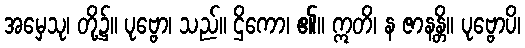
အမှေသု၊ တို့၌။ ပုဗ္ဗော၊ သည်။ ဌိကော၊ ၏။ ဣတိ၊ န ဇာနန္တိ။ ပုဗ္ဗောပိ၊